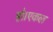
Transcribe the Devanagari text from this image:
हो।एकल